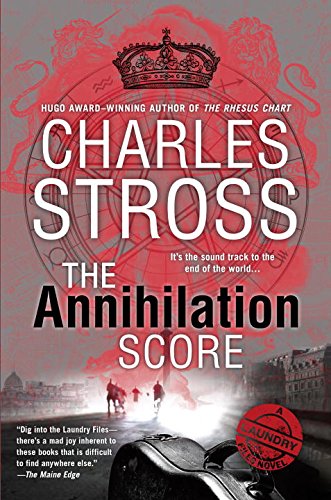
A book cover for The Annihilation Score: A Laundry Files Novel; Charles Stross; Mystery, Thriller & Suspense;